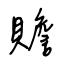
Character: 贍